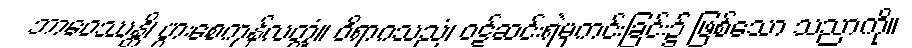
ဘာဝေဿန္တိ၊ ပွားစေကုန်လတ္တံ့။ ဝိရာဂသညံ၊ ဝဋ်ဆင်းရဲမှကင်းခြင်း၌ ဖြစ်သော သညာကို။